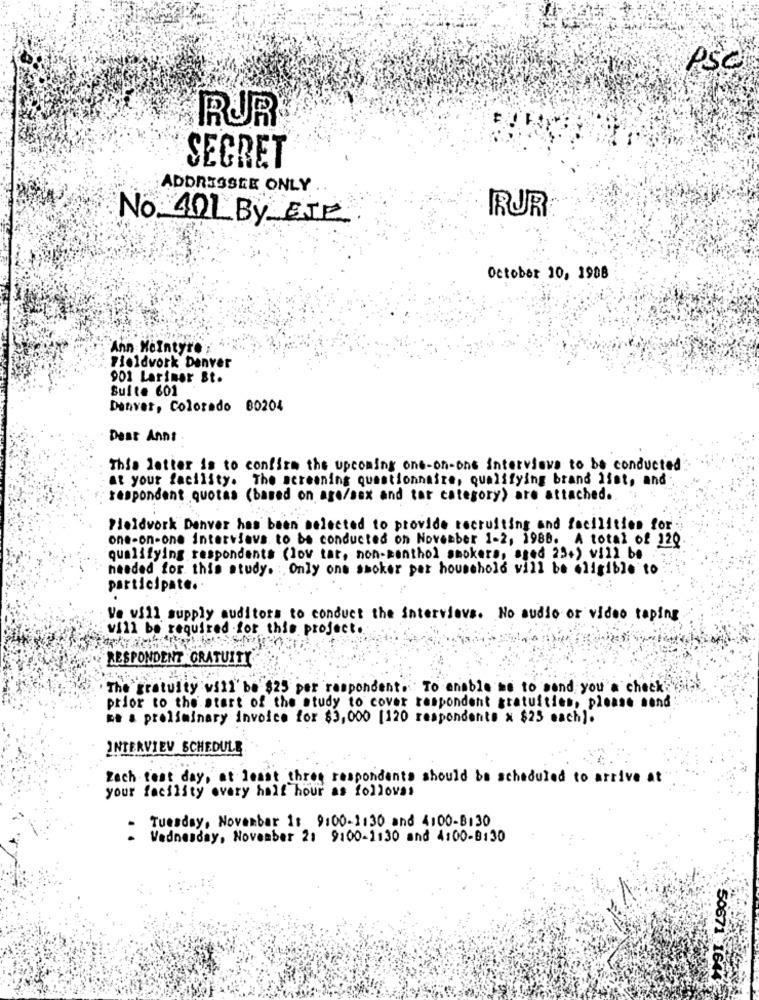
PSC
RUR
SECRET
ADDRESSEE ONLY
RJR
No. 101 By EJF
October 10, 1908
Ann MeIntyre ;
Fieldvork Denver
901 Larimer St.
Suite 601
Denver, Colorado 80204
Desr Annt
This letter is to confirm the upcoming one-on-one interviews to be conducted
at your facility. The screening questionnaire, qualifying brand ifst, and
respondent quotas (based on age/sex and tar category) are attached.
Fieldwork Denver has been selected to provide recruiting and facilities for
one-on-one interviews to be conducted on November 1-2, 1988. A total of 120
qualifying respondents (low tar, non-menthol smokers, aged 23+) will be
needed for this study. : Only one smoker per household vill be eligible to
participate ..
Ve vill supply auditors to conduct the interviews. No audio or video taping
will be required for this project.
RESPONDENT GRATUITY
The gratuity will be $25 per respondent.To enable me to send you'a check'
prior to the start of the study to cover respondent gratuities, please send
me a preliminary invoice for $3,000 [120 respondents x $25 each).
INTERVIEW SCHEDULE
Zach fest day, at least three respondents should be scheduled to arrive at
your facility every half hour as follows.
Tuesday, November 1: 9:00-1:30 and 4:00-8:30
- Wednesday, November 2: 9:00-1130 and 4:00-8:30
50671 1677